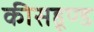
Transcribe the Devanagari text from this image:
कीसहूण्ड